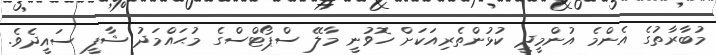
މުބާރާތުގެ އެންމެ އުންމީދީ ކުޅުންތެރިއަކަށް ހޮވުނީ މާލޭ ސްޕޯޓްސްގެ މުޙައްމަދު ޝާފީ ސައީދެވެ.